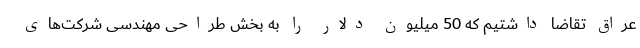
عراق تقاضا داشتیم که 50 میلیون دلار را به بخش طراحی مهندسی شرکت‌های